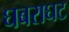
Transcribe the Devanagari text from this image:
घबराघट